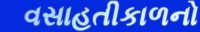
વસાહતીકાળનો